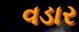
વડાર